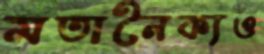
মতানৈক্যও